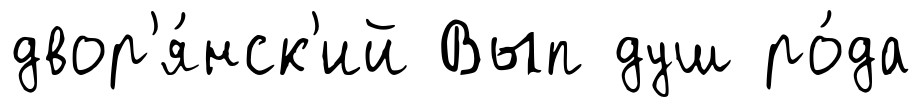
двор'я́нск'ий Вып душ ро́да